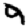
Digit: 9